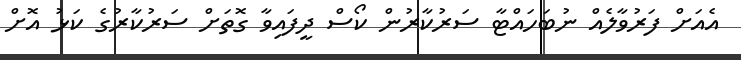
އެއަށް ފަރުވާލެއް ނުބަހައްޓާ ސަރުކާރުން ކޯސް ދީފައިވާ ގޮތަށް ސަރުކާރުގެ ކަޅު އޮށް